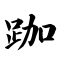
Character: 跏